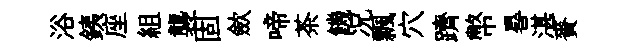
浴銕座組襲固歛啼茶饑况飄穴躋幣晷湛賚